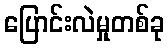
ပြောင်းလဲမှုတစ်ခု